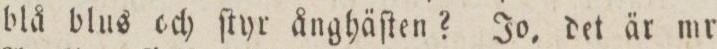
blå blus och ſtyr ånghäſten? Jo, det är mr